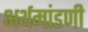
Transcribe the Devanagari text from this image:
अर्थमांडणी